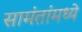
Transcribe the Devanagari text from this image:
सामंतांमध्ये